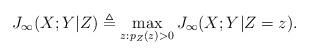
LaTeX: \begin{align*} J_{\infty}(X;Y|Z)\triangleq \max_{z: p_Z(z)>0} J_\infty(X;Y|Z=z).\end{align*}